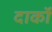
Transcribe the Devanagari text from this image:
दार्को